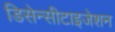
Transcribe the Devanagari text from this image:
डिसेन्सीटाइजेशन